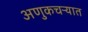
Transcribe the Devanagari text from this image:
अणुकचऱ्यात